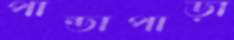
পান্ডাপাড়া